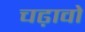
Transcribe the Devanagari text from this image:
चढ़ावो